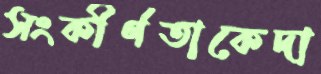
সংকীর্ণতাকেদা